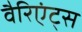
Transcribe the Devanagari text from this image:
वैरिएंट्स